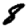
Digit: 8